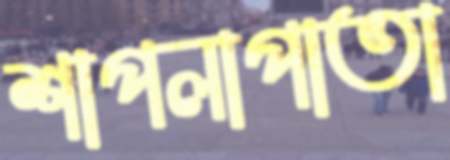
শাপলাপাতা